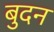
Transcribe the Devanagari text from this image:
बुदन